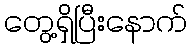
တွေ့ရှိပြီးနောက်